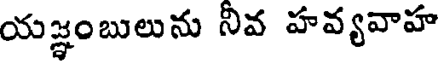
యజ్ఞంబులును నీవ హవ్యవాహ